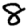
Digit: 8